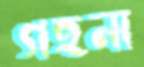
গহনা